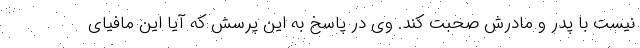
نیست با پدر و مادرش صحبت کند. وی در پاسخ به این پرسش که آیا این مافیای